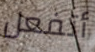
أتفعل